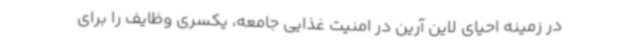
در زمینه احیای لاین آرین در امنیت غذایی جامعه، یکسری وظایف را برای